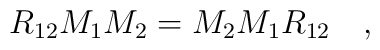
R_{12}M_1M_2=M_2M_1R_{12} \quad,